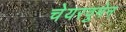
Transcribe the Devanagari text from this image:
चेयरवुमेन